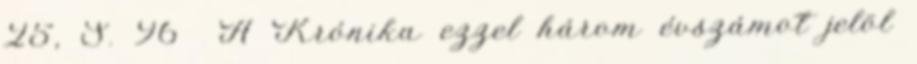
25, S. 96 A Krónika ezzel három évszámot jelöl